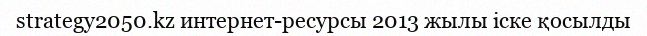
strategy2050.kz интернет-ресурсы 2013 жылы іске қосылды